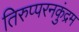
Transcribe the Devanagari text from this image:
तिरुप्परनकुंद्रम